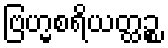
ဗြဟ္မစရိယတ္ထဉ္စ